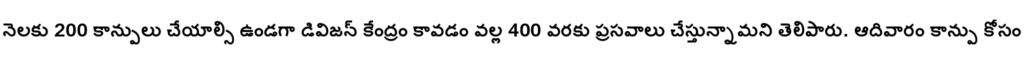
నెలకు 200 కాన్పులు చేయాల్సి ఉండగా డివిజన్ కేంద్రం కావడం వల్ల 400 వరకు ప్రసవాలు చేస్తున్నామని తెలిపారు. ఆదివారం కాన్పు కోసం